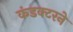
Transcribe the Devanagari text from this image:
कंडक्टरने